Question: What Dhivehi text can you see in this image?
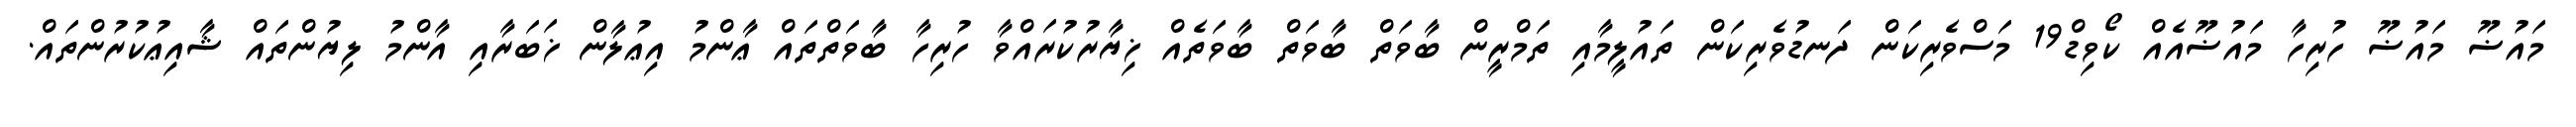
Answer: މައުޟޫ މައުޟޫ ހުރިހާ މައުޟޫއެއް ކޯވިޑް19 މަސްވެރިކަން ދަނޑުވެރިކަން ތައުލީމާއި ތަމްރީން ބާވަތް ބާވަތް ބާވަތެއް ޚިޔާރުކުރައްވާ ހުރިހާ ބާވަތްތައް ޢާންމު އިޢުލާން ޚަބަރާއި އާންމު ލިޔުންތައް ޝާއިޢުކުރުންތައް.